FBI Photo B22
Agency: FBI
Incident date: Late 2025
Incident location: Western United States
Page 1
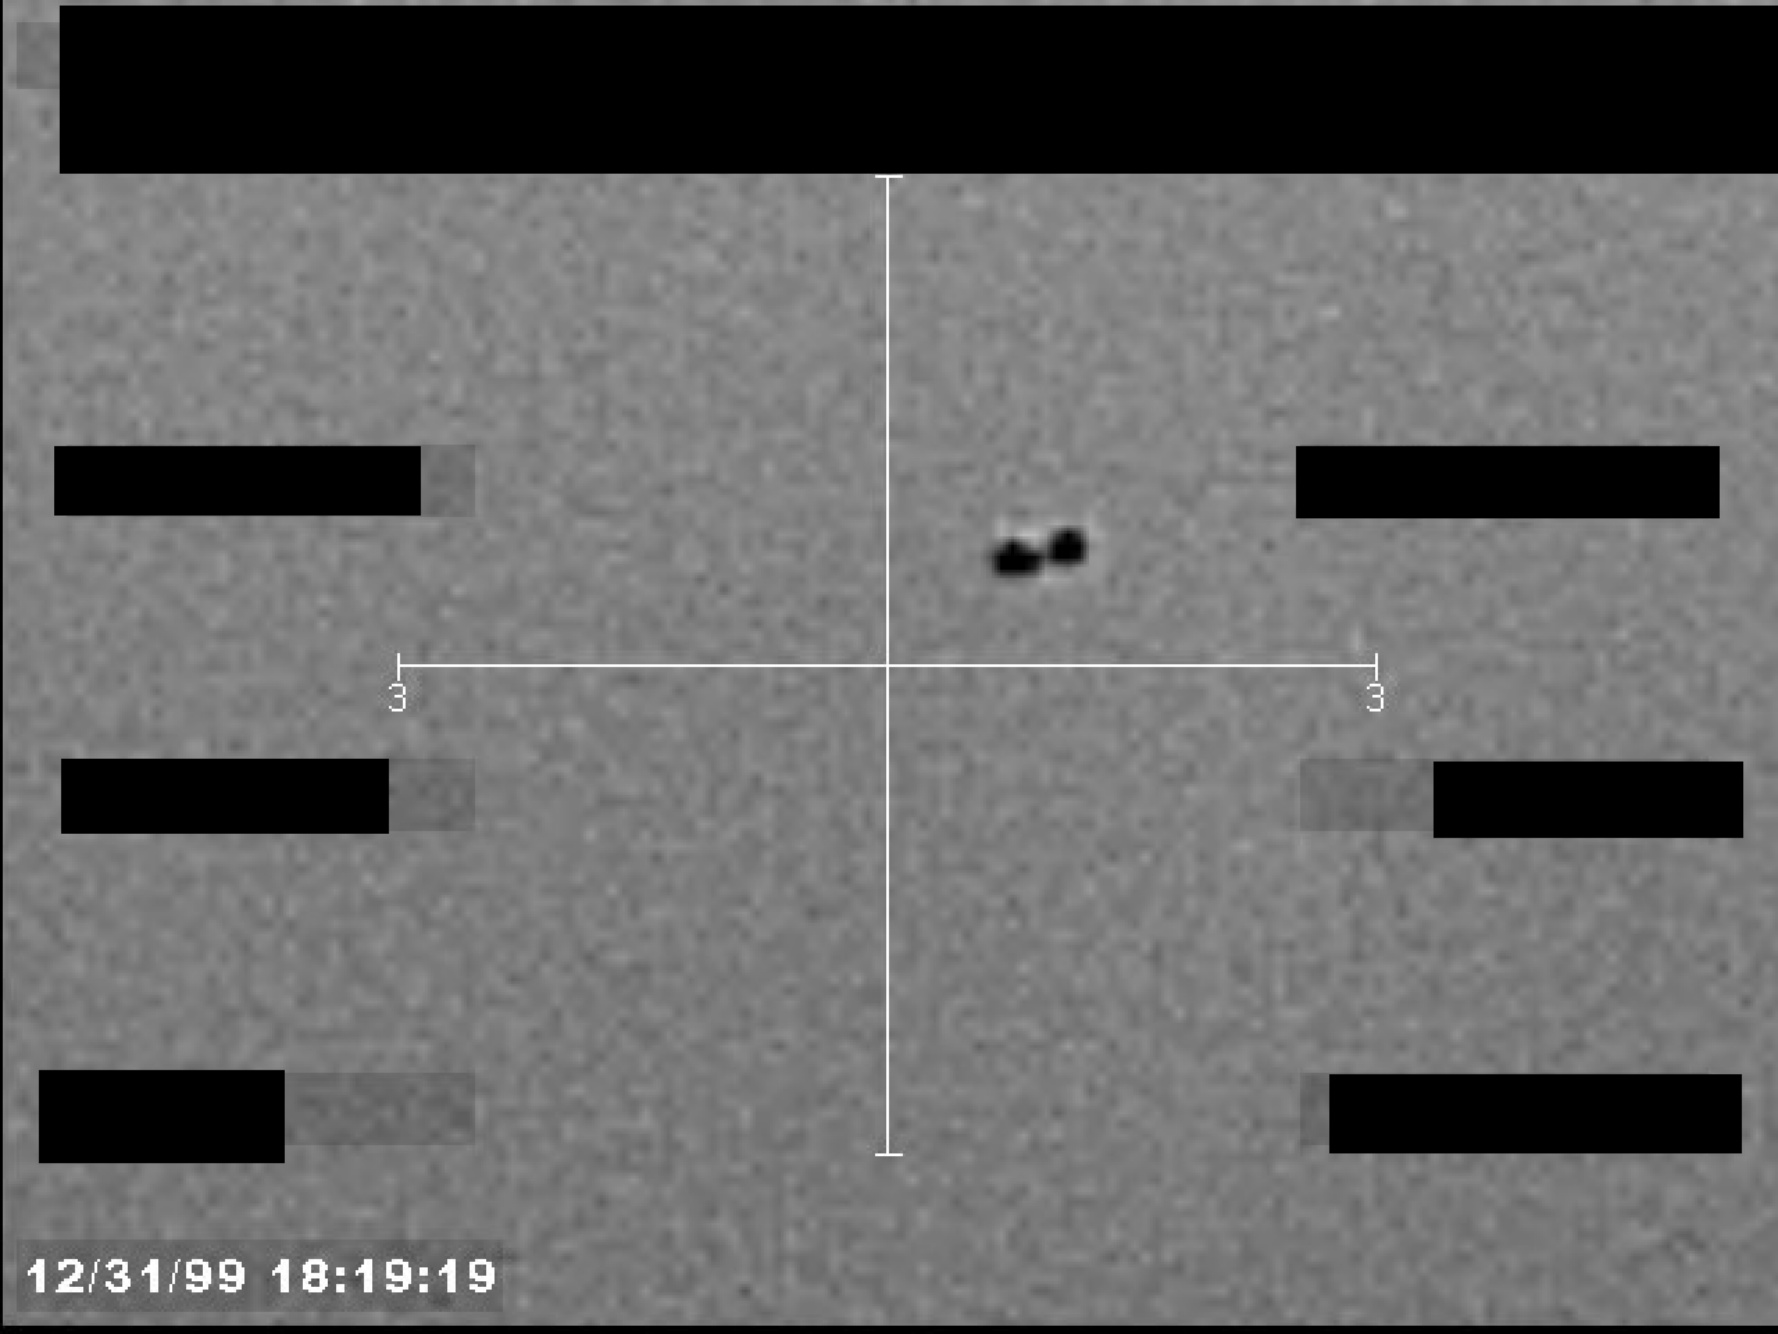